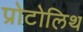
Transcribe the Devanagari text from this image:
प्रोटोलिथ